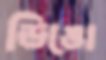
ডিঙো